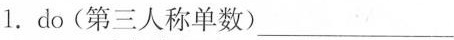
1.do(第三人称单数)___